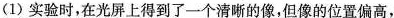
(1)实验时，在光屏上得到了一个清晰的像，但像的位置偏高，